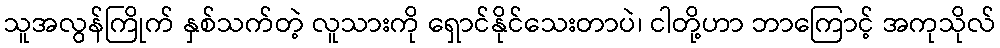
သူအလွန်ကြိုက် နှစ်သက်တဲ့ လူသားကို ရှောင်နိုင်သေးတာပဲ၊ ငါတို့ဟာ ဘာကြောင့် အကုသိုလ်